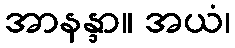
အာနန္ဒာ။ အယံ၊